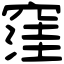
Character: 窪